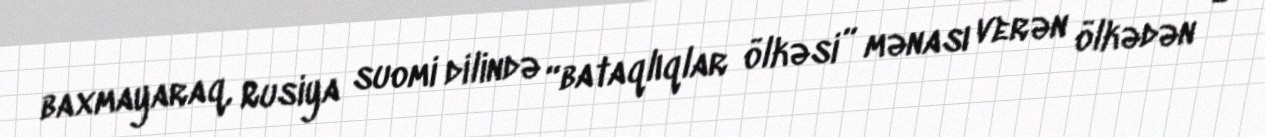
baxmayaraq, Rusiya suomi dilində “bataqlıqlar ölkəsi” mənası verən ölkədən -